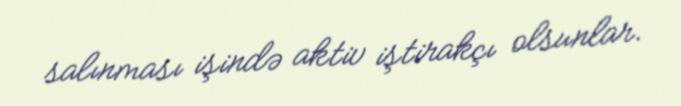
salınması işində aktiv iştirakçı olsunlar.